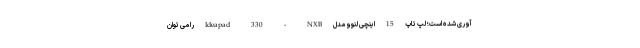
آوری شده است؛ لپ تاپ 15 اینچی لنوو مدل Ideapad 330 - NXB را می توان